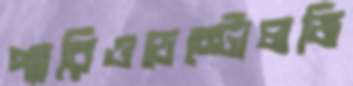
প্যারিওডেন্টোলজি